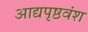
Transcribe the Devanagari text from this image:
आद्यपृष्ठवंश